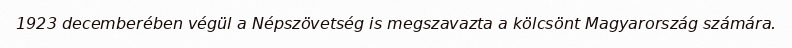
1923 decemberében végül a Népszövetség is megszavazta a kölcsönt Magyarország számára.